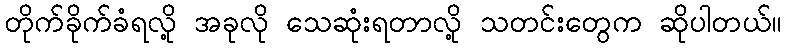
တိုက်ခိုက်ခံရလို့ အခုလို သေဆုံးရတာလို့ သတင်းတွေက ဆိုပါတယ်။